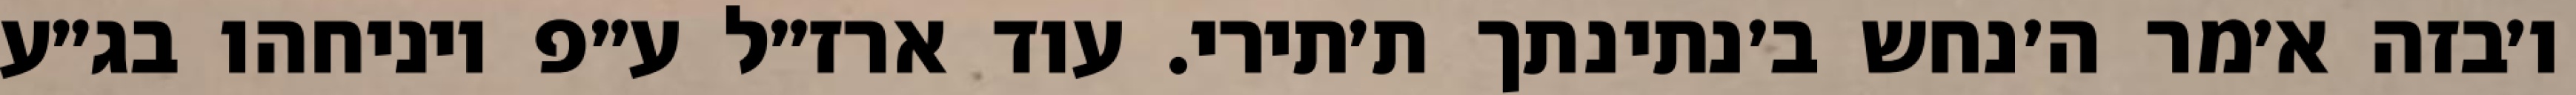
ו׳בזה א׳מר ה׳נחש ב׳נתינתך ת׳תירי. עוד ארז״ל ע״פ ויניחהו בג״ע